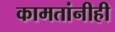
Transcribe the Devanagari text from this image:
कामतांनीही